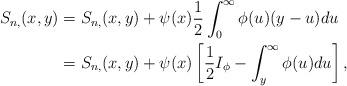
LaTeX: \begin{align*}S_{n,}(x,y)&=S_{n,}(x,y)+\psi(x)\frac12\int_0^\infty\phi(u)(y-u)du\\&= S_{n,}(x,y)+\psi(x)\left[\frac12 I_\phi-\int_y^\infty\phi(u)du\right],\end{align*}